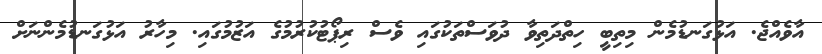
އާވެއްޖެ. އަޅުގަނޑުމެން މިތިބީ ހިތްދަތިވާ ދުވަސްތަކުގައި ވެސް ރިޕޯޓުކުރުމުގެ އަޒުމުގައި. މިހާރު އަޅުގަނޑުމެންނަށް